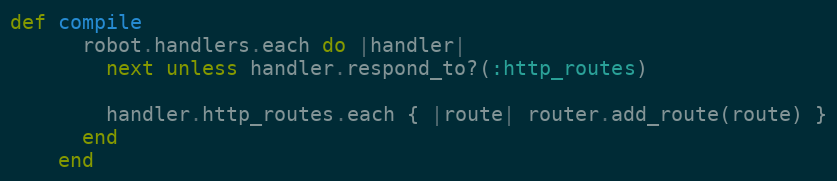
Language: Ruby
def compile
      robot.handlers.each do |handler|
        next unless handler.respond_to?(:http_routes)

        handler.http_routes.each { |route| router.add_route(route) }
      end
    end